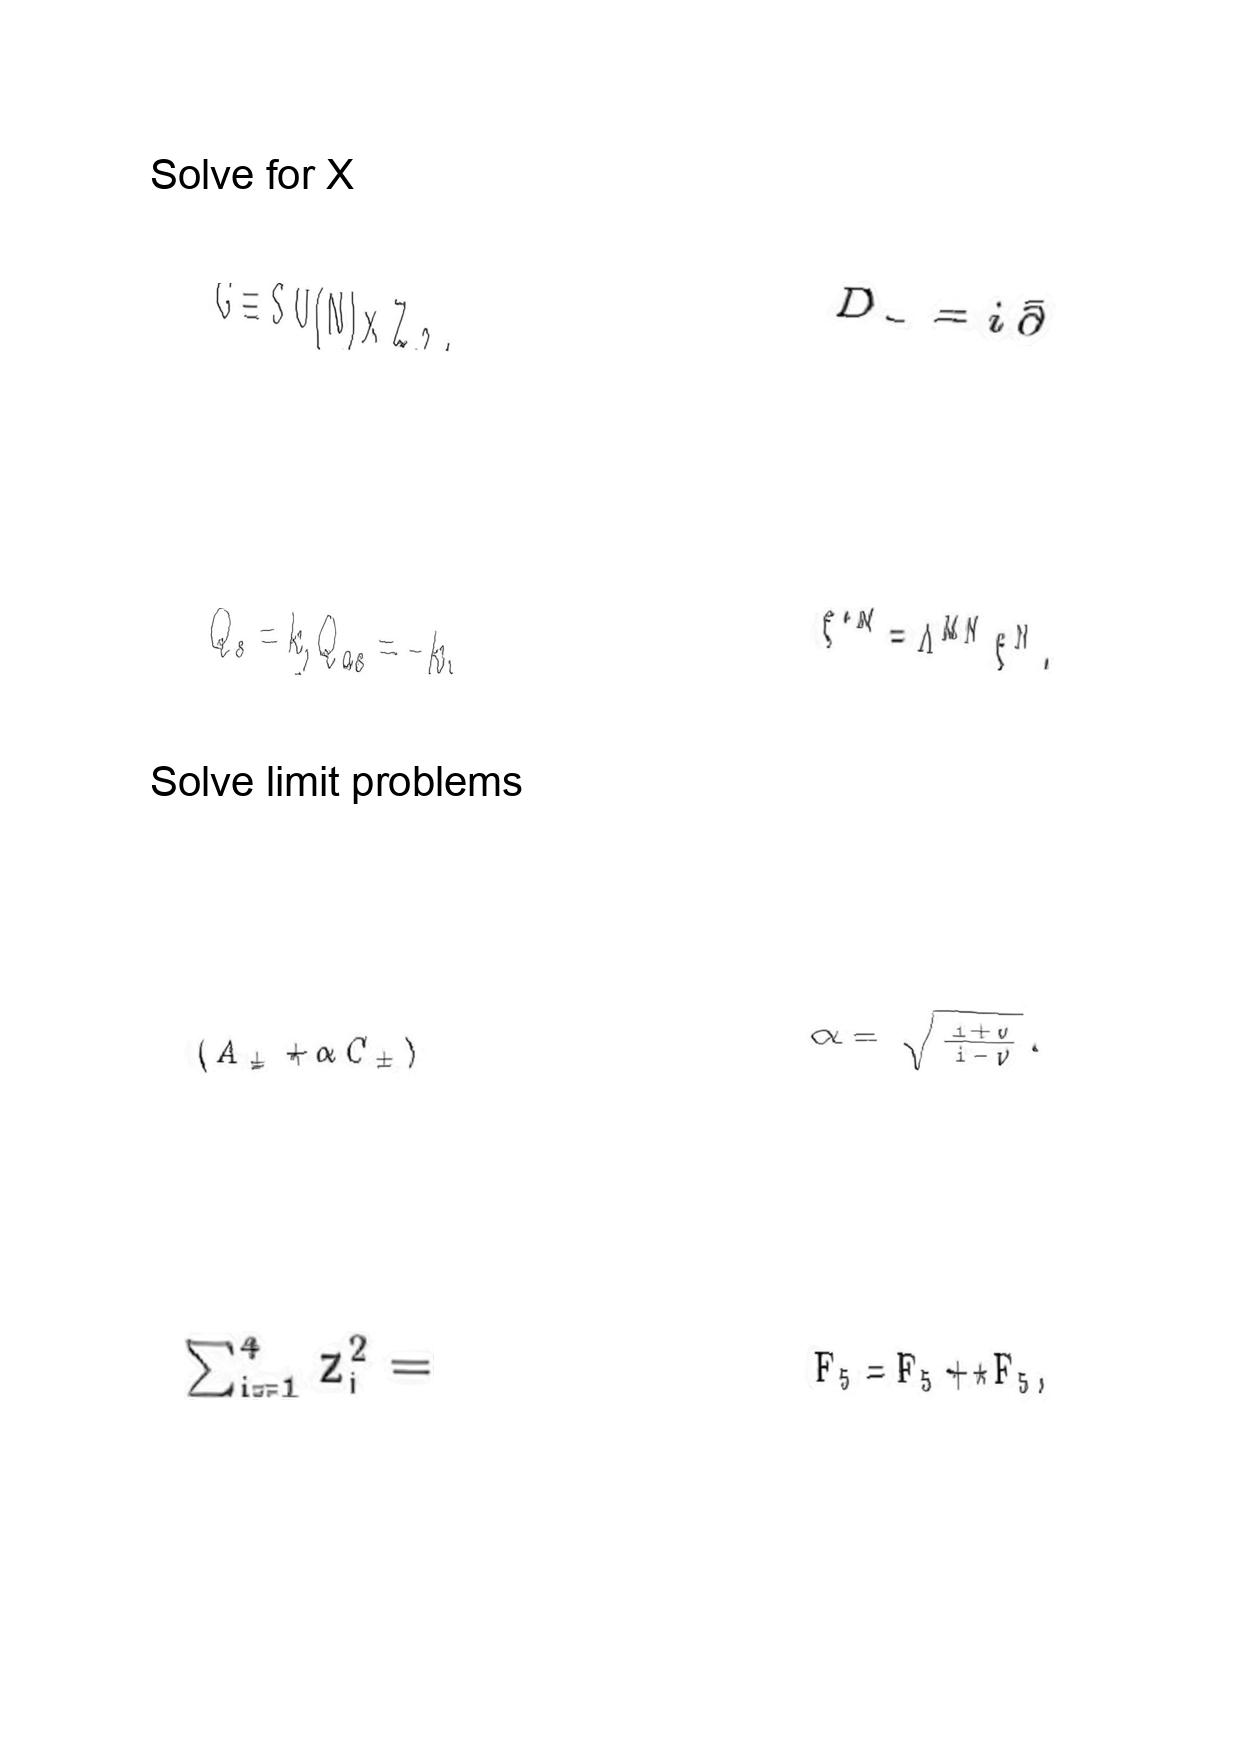
LaTeX transcription:
G \equiv S U \lparen N \rparen \times Z _ { 2 } ,
Q _ { s } = k , Q _ { a s } = - k .
\lparen A _ { \pm } + \alpha C _ { \pm } \rparen
\sum _ { i = 1 } ^ { 4 } z _ { i } ^ { 2 } =
D _ { - } = i \bar { \partial }
\xi ^ { \ast M } = \Lambda ^ { M N } \xi ^ { N } .
\alpha = \sqrt { \frac { 1 + v } { 1 - v } } .
F _ { 5 } = F _ { 5 } + \star F _ { 5 } ,